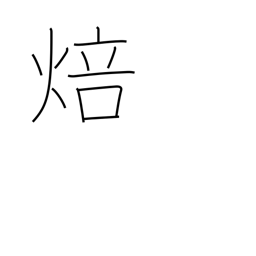
Meaning: fire